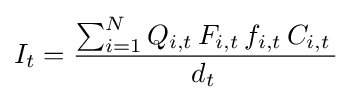
I_{t}={\frac {\sum _{i=1}^{N}Q_{i,t}\,F_{i,t}\,f_{i,t}\,C_{i,t}\,}{d_{t}\,}}